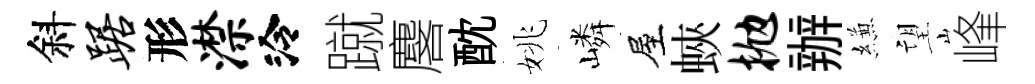
斜踞形潸泠蹴麐酖姚嶙屋蛺抛辦縑望峰